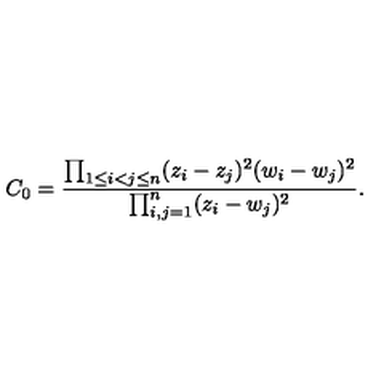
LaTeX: C _ { 0 } = \frac { \prod _ { 1 \leq i < j \leq n } ( z _ { i } - z _ { j } ) ^ { 2 } ( w _ { i } - w _ { j } ) ^ { 2 } } { \prod _ { i , j = 1 } ^ { n } ( z _ { i } - w _ { j } ) ^ { 2 } } .